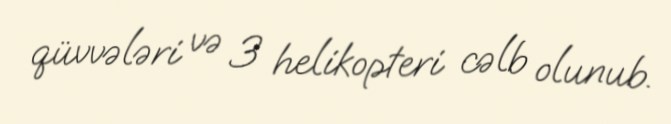
qüvvələri və 3 helikopteri cəlb olunub.